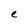
Character: e